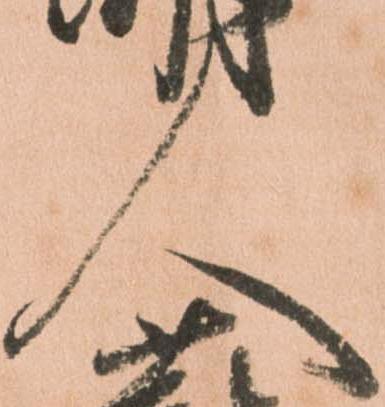
人